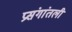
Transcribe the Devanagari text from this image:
प्रसंगांतली